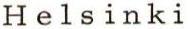
Helsinki